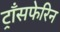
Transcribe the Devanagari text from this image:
ट्राँसफेरिन